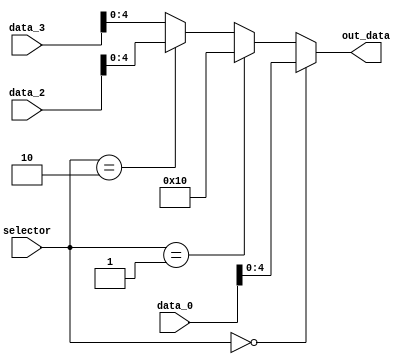
module mux_muxShft (
    input wire      [1:0]       selector,
    input wire      [31:0]      data_0,
    input wire      [31:0]      data_2,
    input wire      [31:0]      data_3,
    output wire     [4:0]      out_data
);
    
    assign out_data = (selector == 2'b00) ? data_0[4:0]                          :
                      (selector == 2'b01) ? 32'b10000                            :
                      (selector == 2'b10) ? data_2[4:0]                          :
                      data_3[4:0];

endmodule